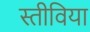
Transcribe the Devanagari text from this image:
स्तीविया